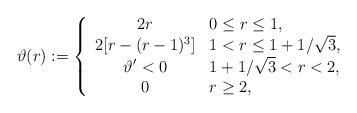
LaTeX: \begin{align*}\vartheta(r):= \left\{\begin{array}{cl}2r & 0 \leq r\leq 1, \\2[r-(r-1)^3] & 1<r \leq 1+1/\sqrt{3}, \\\vartheta' <0 & 1+1/\sqrt{3} <r <2, \\0 & r\geq 2,\end{array}\right.\end{align*}